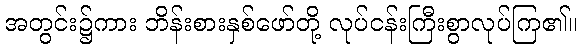
အတွင်း၌ကား ဘိန်းစားနှစ်ဖော်တို့ လုပ်ငန်းကြီးစွာလုပ်ကြ၏။